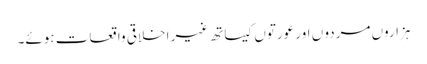
ہزاروں مردو ں اور عورتوں کیساتھ غیر اخلاقی واقعات ہوئے۔